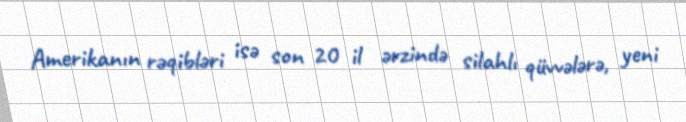
Amerikanın rəqibləri isə son 20 il ərzində silahlı qüvvələrə, yeni